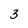
Character: 3